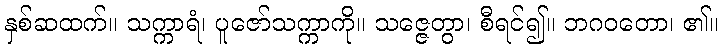
နှစ်ဆထက်။ သက္ကာရံ၊ ပူဇော်သက္ကာကို။ သဇ္ဇေတွာ၊ စီရင်၍။ ဘဂဝတော၊ ၏။